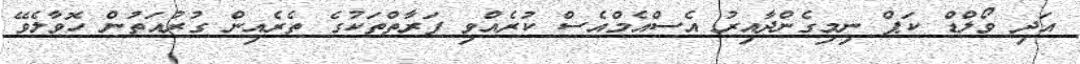
އަދި ވޯލްޑް ކަޕް ނިމިގެންދާއިރު އެސްއެމްއެސް ކުރެއްވި ފަރާތްތަކުގެ ތެރެއިން ގުރުއަތުން ހޮވާލެވޭ